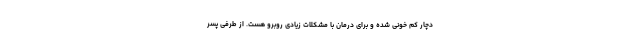
دچار کم خونی شده و برای درمان با مشکلات زیادی روبرو هست. از طرفی پسر